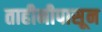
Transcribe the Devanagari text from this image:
ताहीनीपासून